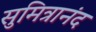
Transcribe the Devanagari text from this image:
सुमित्रानंद